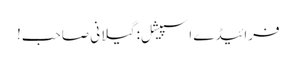
فرائیڈے اسپیشل: گیلانی صاحب!